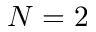
N = 2